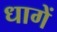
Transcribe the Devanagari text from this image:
धागें